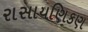
રાસાયણિકણ